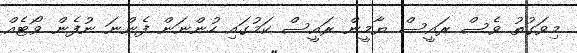
މިވަގުތު ވެސް ރައީސް ޔާމީން ރައީސް ކަމުގައި ހުންނަން ފެންނަ ނުފެން ވޯޓެއް